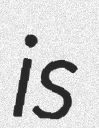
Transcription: is